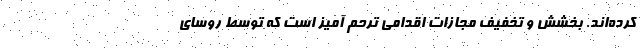
کرده‌اند. بخشش و تخفیف مجازات اقدامی ترحم آمیز است که توسط روسای